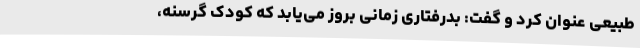
طبیعی عنوان کرد و گفت: بدرفتاری زمانی بروز می‌یابد که کودک گرسنه،